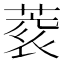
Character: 𮐀